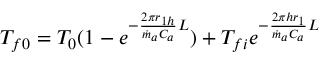
\begin{array} { r } { T _ { f 0 } = T _ { 0 } ( 1 - e ^ { - \frac { 2 \pi r _ { 1 h } } { { \dot { m } } _ { a } C _ { a } } L } ) + T _ { f i } e ^ { - \frac { 2 { \pi h r } _ { 1 } } { { \dot { m } } _ { a } C _ { a } } L } } \end{array}